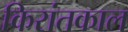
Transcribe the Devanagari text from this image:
किरांतकाल